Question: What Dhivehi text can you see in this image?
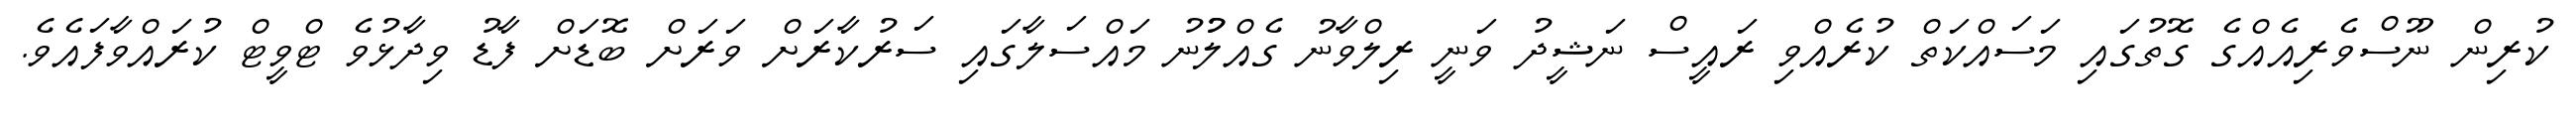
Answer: ކުރިން ނޫސްވެރިއެއްގެ ގޮތުގައި މަސައްކަތް ކުރެއްވި ރައީސް ނަޝީދު ވަނީ ރިލްވާނު ގެއްލުުނު މައްސަލާގައި ސަރުކާރަށް ވަރަށް ބޮޑަށް ފާޑު ވިދާޅުވެ ޓްވީޓް ކުރައްވާފައެވެ.